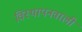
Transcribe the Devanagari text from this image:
विस्थापनवाली